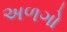
અળગો